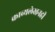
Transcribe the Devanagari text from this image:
काव्यलेखनही